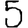
Digit: 5